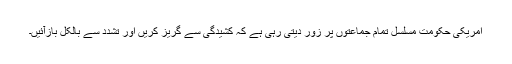
امریکی حکومت مسلسل تمام جماعتوں پر زور دیتی رہی ہے کہ کشیدگی سے گريز کريں اور تشدد سے بالکل بازآئيں۔